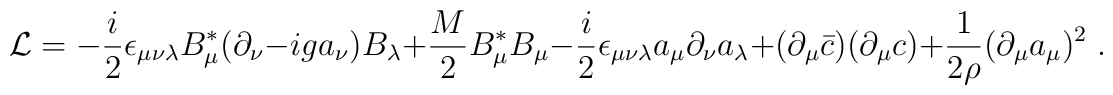
{\cal L}=-\frac{i}{2}\epsilon_{\mu\nu\lambda}B^*_\mu(\partial_\nu - iga_\nu)B_\lambda+\frac{M}{2}B^*_\mu B_\mu-\frac{i}{2}\epsilon_{\mu\nu\lambda}a_\mu\partial_\nu a_\lambda+ (\partial_\mu\bar{c})(\partial_\mu c)+\frac{1}{2\rho}(\partial_\mu a_\mu)^2\;.